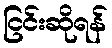
ငြင်းဆိုရန်